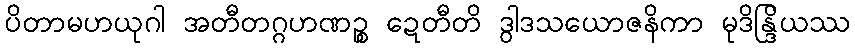
ပိတာမဟယုဂါ အတီတဂ္ဂဟဏဉ္စ ဍေတီတိ ဒွါဒသယောဇနိကာ မုဒိန္ဒြိယဿ